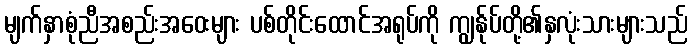
မျက်နှာစုံညီအစည်းအဝေးများ ပစ်တိုင်းထောင်အရုပ်ကို ကျွန်ုပ်တို့၏နှလုံးသားများသည်